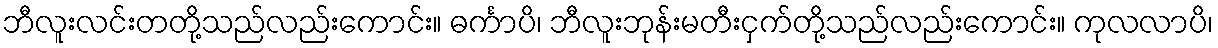
ဘီလူးလင်းတတို့သည်လည်းကောင်း။ ဓင်္ကာပိ၊ ဘီလူးဘုန်းမတီးငှက်တို့သည်လည်းကောင်း။ ကုလလာပိ၊